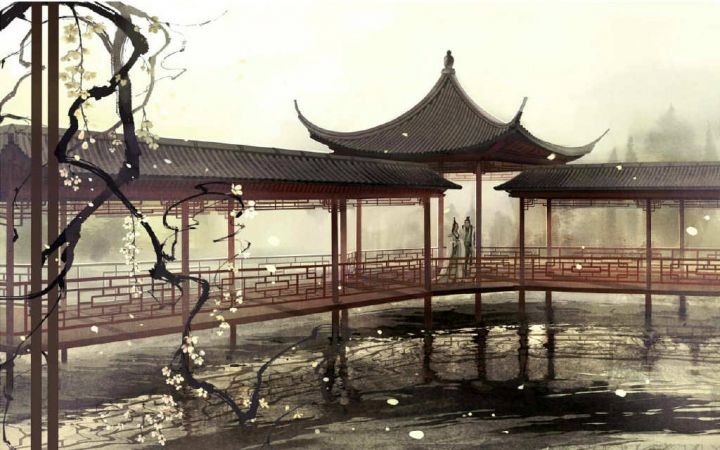
何处是归程？长亭连短亭。